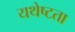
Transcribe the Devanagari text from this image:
यथेष्टता